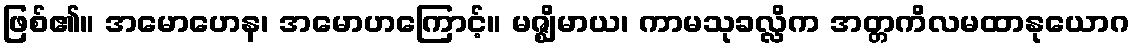
ဖြစ်၏။ အမောဟေန၊ အမောဟကြောင့်။ မဇ္ဈိမာယ၊ ကာမသုခလ္လိက အတ္တကိလမထာနုယောဂ